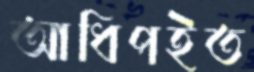
আধিপইত